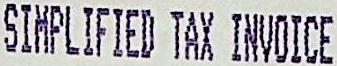
SIMPLIFIED TAX INVOICE